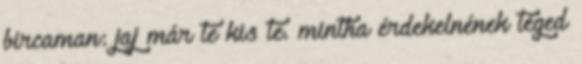
bircaman: jaj már te kis te. mintha érdekelnének téged